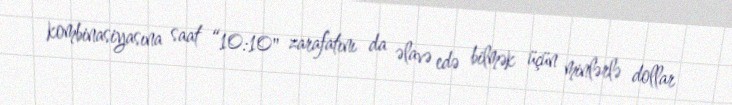
kombinasiyasına saat “10:10" zarafatını da əlavə edə bilmək üçün minlərlə dollar